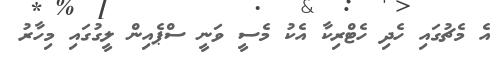
އެ މެޗުގައި ހެދި ހެޓްރިކާ އެކު މެސީ ވަނީ ސްޕެއިން ލީގުގައި މިހާރު